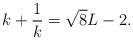
LaTeX: \begin{align*} k + \frac{1}{k} = \sqrt{8} L - 2.\end{align*}